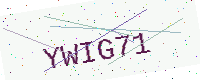
Text: YWIG71